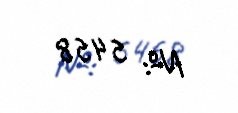
№: 5458